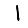
Digit: 1